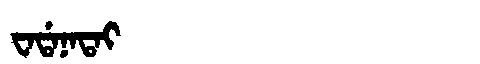
Manchu: ᠸᠠᡩᠠᠨᠠᡨᠠᡳ
Romanization: WADANATAI